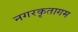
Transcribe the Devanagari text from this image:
नगरकृतागम